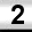
Digit: 2